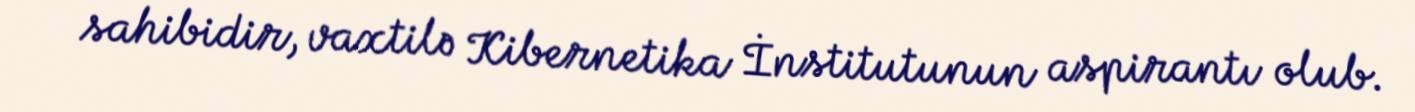
sahibidir, vaxtilə Kibernetika İnstitutunun aspirantı olub.